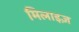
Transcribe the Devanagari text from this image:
मिलाइज़